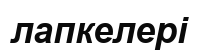
лапкелері